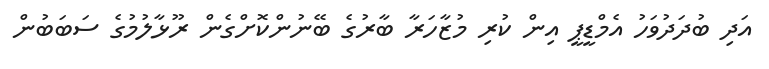
އަދި ބުދަދުވަހު އެމްޑީޕީ އިން ކުރި މުޒާހަރާ ބާރުގެ ބޭނުންކޮށްގެން ރޫޅާލުމުގެ ސަބަބުން